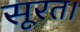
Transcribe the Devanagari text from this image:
सूरत।